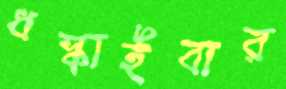
ধস্‌কাইবার